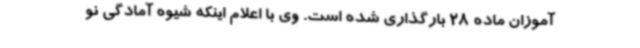
آموزان ماده 28 بارگذاری شده است. وی با اعلام اینکه شیوه آمادگی نو